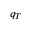
q _ { T }